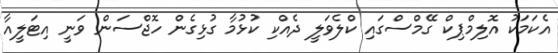
އެކަމަކު އޮލިމްޕިކް ގޭމްސްގައި ކްލެވަލީ ދެއްކި ކުޅުމާ ގުޅިގެން ހޮޖްސަން ވަނީ އިޓަލީއާ